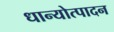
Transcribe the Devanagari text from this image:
धान्योत्पादन